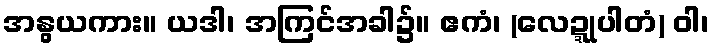
အနွယကား။ ယဒါ၊ အကြင်အခါ၌။ ဧကံ၊ (လေဍ္ဍုပါတံ) ဝါ၊